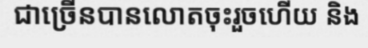
ជាច្រើនបានលោតចុះរួចហើយ និង